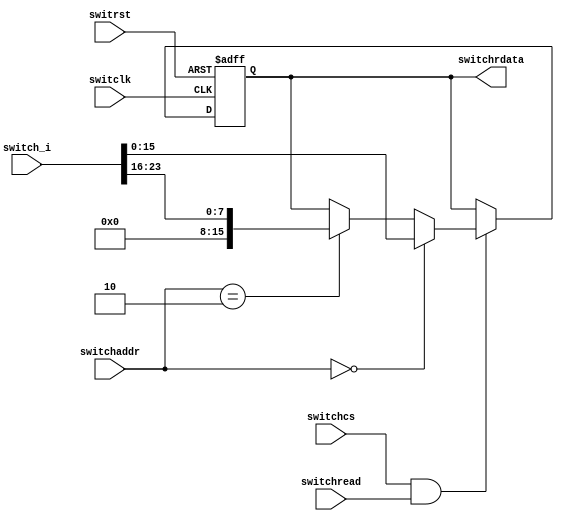
`timescale 1ns / 1ps
//////////////////////////////////////////////////////////////////////////////////
// Company: 
// Engineer: 
// 
// Design Name: 
// Module Name: io_in
// Project Name: 
// Target Devices: 
// Tool Versions: 
// Description: There are no description from yx.
// 
// Dependencies: 
// 
// Revision:
// Revision 0.01 - File Created
// Additional Comments:
// 
//////////////////////////////////////////////////////////////////////////////////


`timescale 1ns / 1ps
//////////////////////////////////////////////////////////////////////////////////

module Switch(switclk, switrst, switchread, switchcs,switchaddr, switchrdata, switch_i);
    input switclk;			        //  
    input switrst;			        //  
    input switchcs;			        //  memorioswitch??  !!!!!!!!!!
    input[1:0] switchaddr;		    //  switch?  !!!!!!!!!!!!!!!
    input switchread;			    //  ?
    output [15:0] switchrdata;	    //  CPU??16?
    input [23:0] switch_i;		    //  ?24?

    reg [15:0] switchrdata;
    always@(negedge switclk or posedge switrst) begin
        if(switrst) begin
            switchrdata <= 0;
        end
		else if(switchcs && switchread) begin
			if(switchaddr==2'b00)
				switchrdata[15:0] <= switch_i[15:0];   // data output,lower 16 bits non-extended
			else if(switchaddr==2'b10)
				switchrdata[15:0] <= { 8'h00, switch_i[23:16] }; //data output, upper 8 bits extended with zero
			else 
				switchrdata <= switchrdata;
        end
		else begin
            switchrdata <= switchrdata;
        end
    end
endmodule